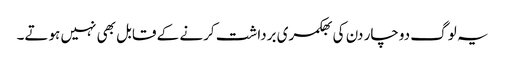
یہ لوگ دوچار دن کی بھکمری برداشت کرنے کے قابل بھی نہیں ہوتے۔